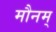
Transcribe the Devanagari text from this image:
मौनम्‌